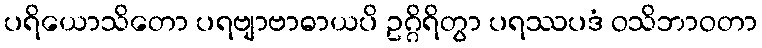
ပရိယောသိတော ပရဗျာဗာဓာယပိ ဥဂ္ဂိရိတွာ ပရဿပဒံ ဝသိဘာဝတာ